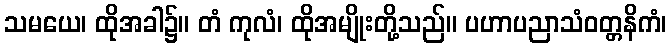
သမယေ၊ ထိုအခါ၌။ တံ ကုလံ၊ ထိုအမျိုးတို့သည်။ ပဟာပညာသံဝတ္တနိကံ၊